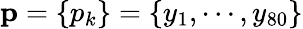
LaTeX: {\mathbf p}=\{ p_{k}\} =\{ y_{1},\cdots,y_{80}\}